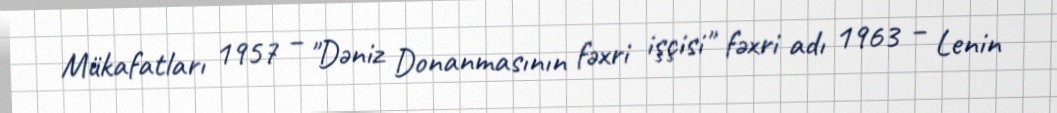
Mükafatları 1957 – "Dəniz Donanmasının fəxri işçisi" fəxri adı 1963 – Lenin